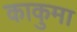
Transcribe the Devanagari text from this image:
काकुमा